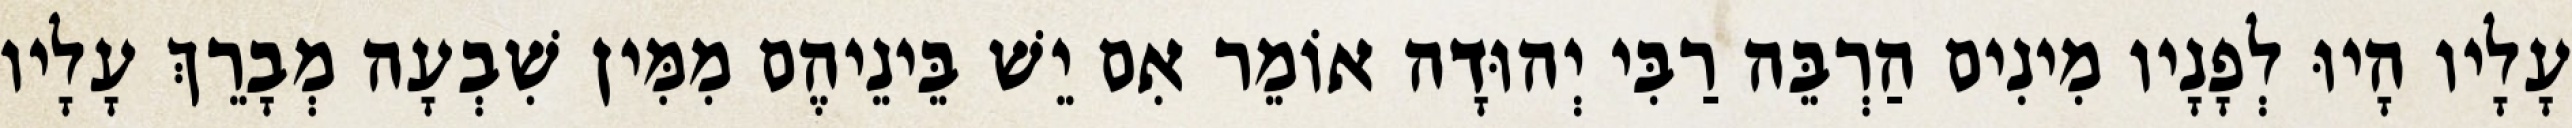
עָלָיו הָיוּ לְפָנָיו מִינִים הַרְבֵּה רַבִּי יְהוּדָה אוֹמֵר אִם יֵשׁ בֵּינֵיהֶם מִמִּין שִׁבְעָה מְבָרֵךְ עָלָיו